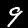
Digit: 9